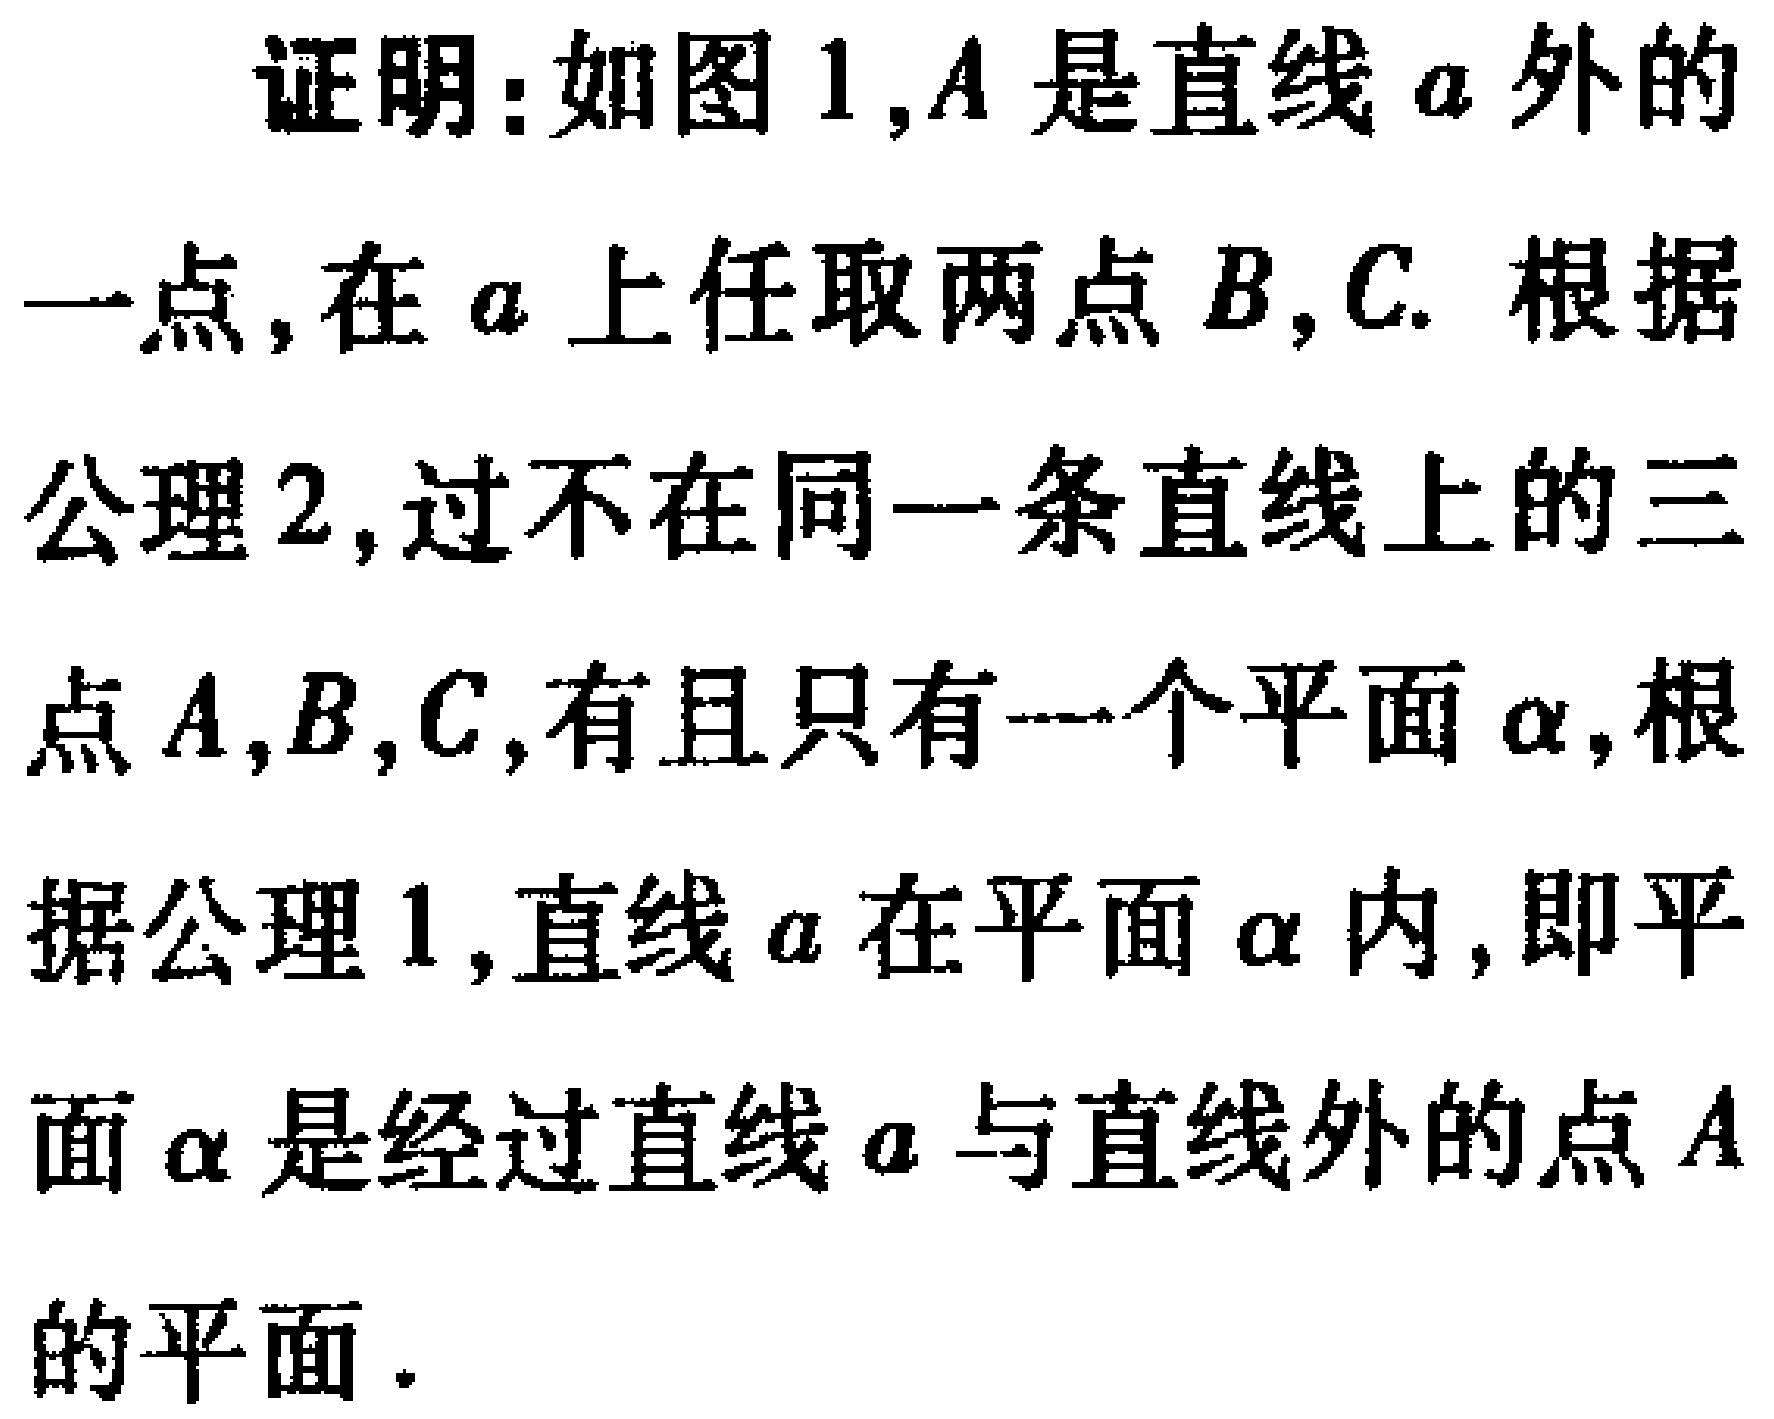
证明：如图1,$A$是直线$a$外的一点,在$a$上任取两点$B,C$. 根据公理2,过不在同一条直线上的三点$A,B,C$,有且只有一个平面$\alpha$,根据公理1,直线$a$在平面$\alpha$内,即平面$\alpha$是经过直线$a$与直线外的点$A$的平面.